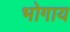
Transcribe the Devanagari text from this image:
भोगाय